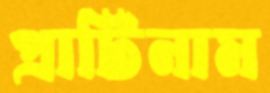
প্রাটিনাম